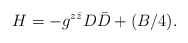
\begin{align*}H = -g^{z\bar z} D \bar D +(B/ 4).\end{align*}